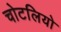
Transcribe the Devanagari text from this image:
चोटलियो